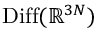
\operatorname { D i f f } ( \mathbb { R } ^ { 3 N } )